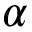
\alpha